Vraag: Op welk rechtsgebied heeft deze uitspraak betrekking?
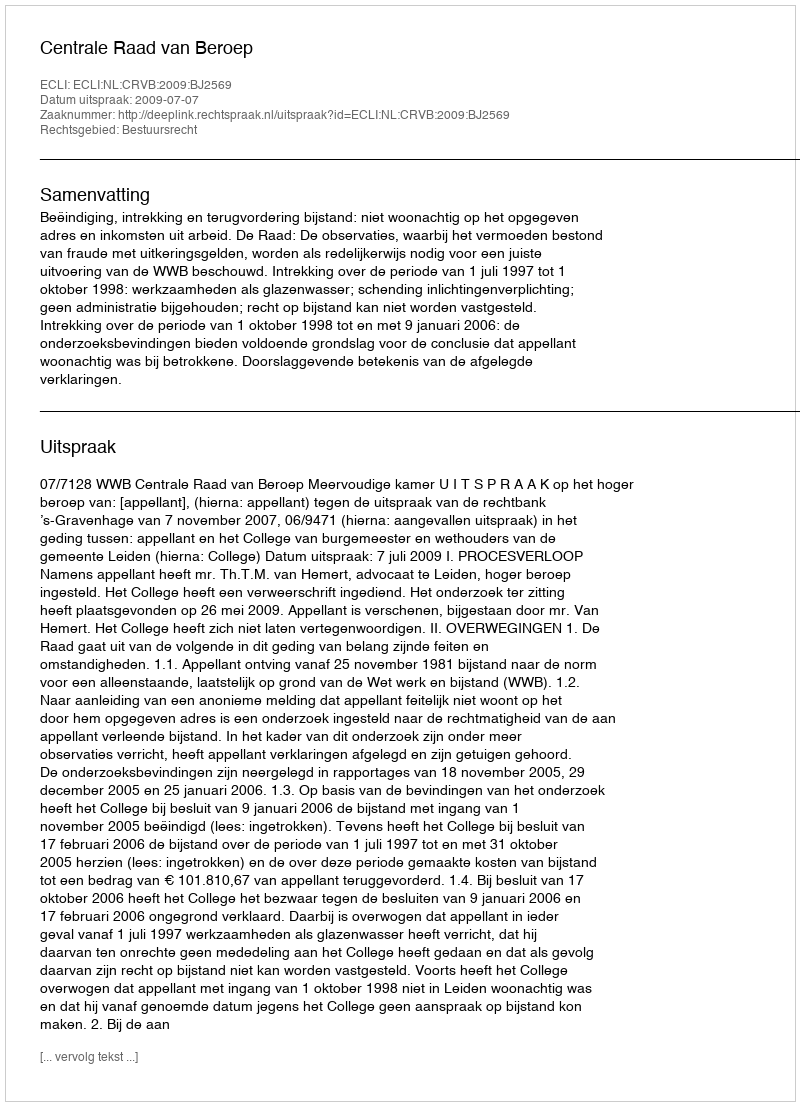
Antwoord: Bestuursrecht